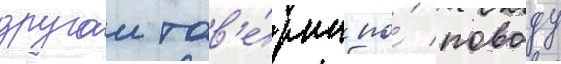
другои тав'е́рны по́ поводу